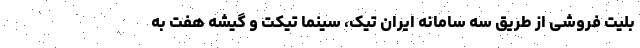
بلیت‌ فروشی از طریق سه سامانه ایران تیک، سینما تیکت و گیشه هفت به